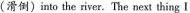
(滑倒)into the river. The next thing I